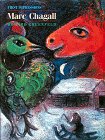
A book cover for First Impressions: Marc Chagall; Howard Greenfeld; Teen & Young Adult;